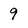
Character: 9